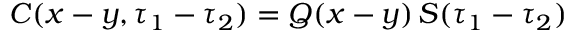
C ( \boldsymbol { x } - \boldsymbol { y } , \tau _ { 1 } - \tau _ { 2 } ) = Q ( \boldsymbol { x } - \boldsymbol { y } ) \, S ( \tau _ { 1 } - \tau _ { 2 } )